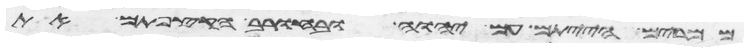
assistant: ממרים הייתם עם יהוה ובחורב הקצפתם את